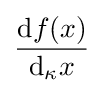
{\frac {\mathrm {d} f(x)}{\mathrm {d} _{\kappa }x}}